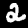
Digit: 2